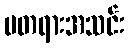
မတရားအသင်း